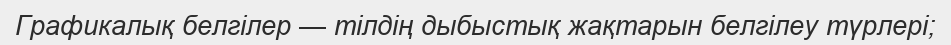
Графикалық белгілер — тілдің дыбыстық жақтарын белгілеу түрлері;